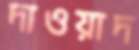
দাওয়াদ